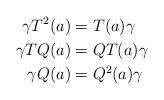
LaTeX: \begin{align*}\gamma T^2(a)&=T(a)\gamma\\\gamma TQ(a)&=QT(a)\gamma\\\gamma Q(a)&=Q^2(a)\gamma\end{align*}